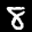
Label: 8